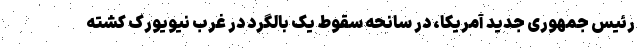
رئیس جمهوری جدید آمریکا، در سانحه سقوط یک بالگرد در غرب نیویورک کشته